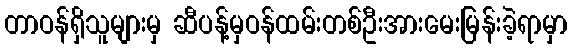
တာဝန်ရှိသူများမှ ဆီပန့်မှဝန်ထမ်းတစ်ဦးအားမေးမြန်းခဲ့ရာမှာ